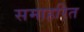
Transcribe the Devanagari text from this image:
समाहरित